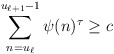
\begin{align*}\sum_{n=u_{\ell}}^{u_{\ell+1}-1}\psi(n)^{\tau}\geq c\end{align*}